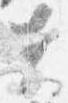
夫